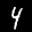
Label: 4